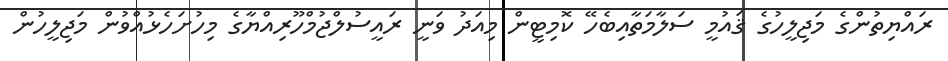
ރައްޔިތުންގެ މަޖިލީހުގެ ޤައުމީ ސަލާމަތާއިބެހޭ ކޮމިޓީން މިއަދު ވަނީ ރައީސުލްޖުމްހޫރިއްޔާގެ މިހުށަހެޅުއްވުން މަޖިލީހުން